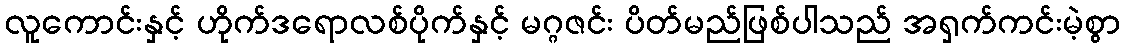
လူကောင်းနှင့် ဟိုက်ဒရောလစ်ပိုက်နှင့် မဂ္ဂဇင်း ပိတ်မည်ဖြစ်ပါသည် အရှက်ကင်းမဲ့စွာ